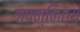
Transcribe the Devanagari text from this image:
जपन्नित्यं